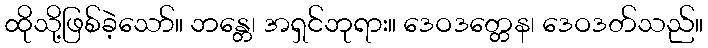
ထိုသို့ဖြစ်ခဲ့သော်။ ဘန္တေ၊ အရှင်ဘုရား။ ဒေဝဒတ္တေန၊ ဒေဝဒတ်သည်။